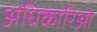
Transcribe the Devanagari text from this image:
अधिकारिओ